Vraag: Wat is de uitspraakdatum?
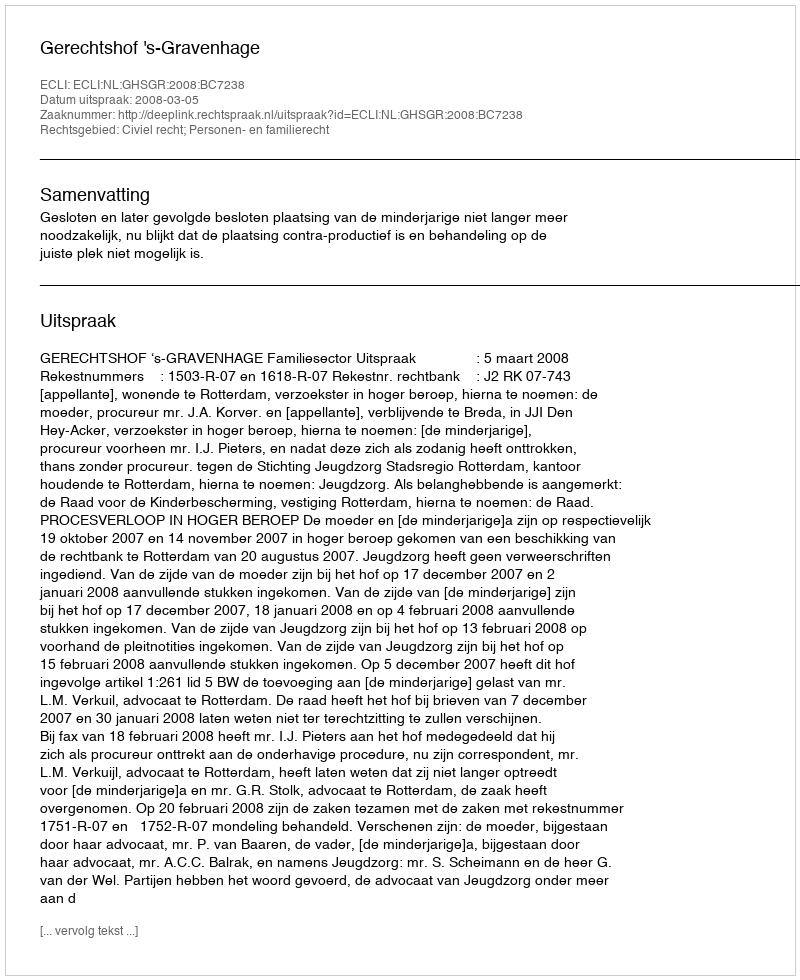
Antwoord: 2008-03-05